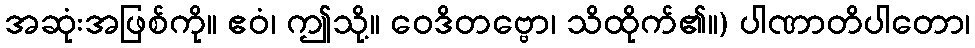
အဆုံးအဖြစ်ကို။ ဧဝံ၊ ဤသို့။ ဝေဒိတဗ္ဗော၊ သိထိုက်၏။) ပါဏာတိပါတော၊